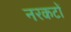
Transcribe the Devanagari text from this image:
नरकटों